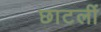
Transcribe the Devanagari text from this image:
छाटलीं